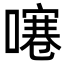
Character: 𠽱